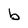
Character: b